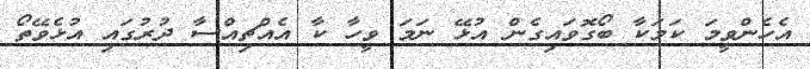
އެހެންވީމަ ކަމަކާ ބޯގޮވައިގެން އުޅޭ ނަމަ ވީހާ ކާ އެއްޗިއްސާ ދުރުގައި އުޅެވޭތޯ